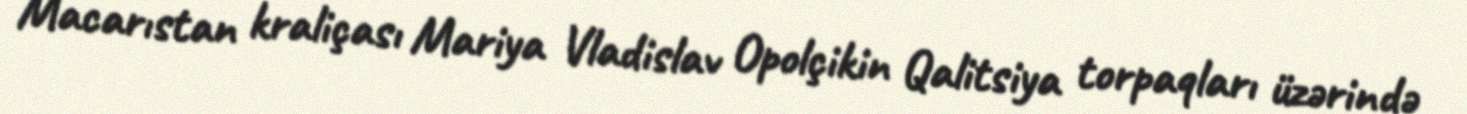
Macarıstan kraliçası Mariya Vladislav Opolçikin Qalitsiya torpaqları üzərində